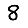
Digit: 8